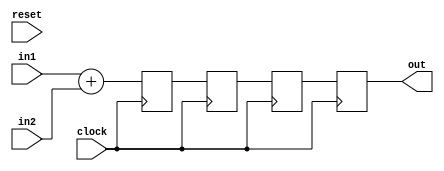
module adder
  #( parameter WIDTH = 32,
     parameter LATENCY = 4 
   )
   (
     input clock,
     input reset,
     input [WIDTH-1:0] in1,
     input [WIDTH-1:0] in2,
     output reg [WIDTH-1:0] out
   );
  integer i;
  reg [WIDTH-1:0] sr[LATENCY];

  always @(posedge clock) begin
    begin
      sr[0] <= in1 + in2;
      for(i=1; i<LATENCY; i=i+1) begin
        sr[i] <= sr[i-1];
      end
    end
  end

  always @(*) begin
    out = sr[LATENCY-1];
  end

endmodule